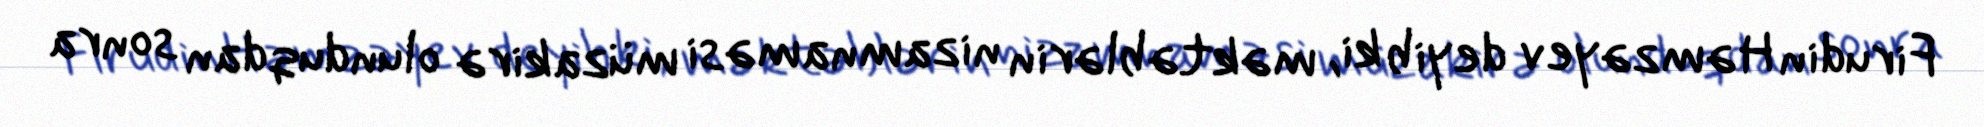
Firudin Həmzəyev deyib ki, məktəblərin nizamnaməsi müzakirə olunduqdan sonra